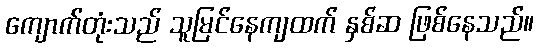
ကျောက်တုံးသည် သူမြင်နေကျထက် နှစ်ဆ ဖြစ်နေသည်။